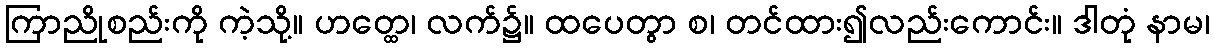
ကြာညိုစည်းကို ကဲ့သို့။ ဟတ္ထေ၊ လက်၌။ ထပေတွာ စ၊ တင်ထား၍လည်းကောင်း။ ဒါတုံ နာမ၊